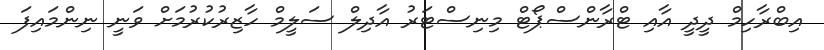
އިބްރާހިމް ދީދީ އާއި ޓްރާންސްޕޯޓް މިނިސްޓަރު އާދިލް ސަލީމް ހާޒިރުކުރުމަށް ވަނީ ނިންމައިފަ